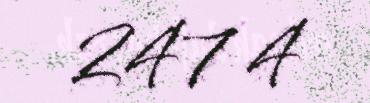
247 4